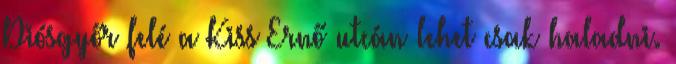
Diósgyőr felé a Kiss Ernő utcán lehet csak haladni.